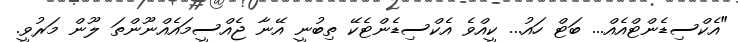
"އެކްސިޑެންޓްއެއް... ބަޓް ހައު... ކީއްވެ އެކްސިޑެންޓެކޭ ތިބުނީ އޭނާ ޖެއްސީމައެއްނޫންތަ ލޫން މަރުވީ.